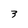
Character: 3